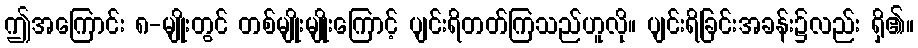
ဤအကြောင်း ၈-မျိုးတွင် တစ်မျိုးမျိုးကြောင့် ပျင်းရိတတ်ကြသည်ဟူလို။ ပျင်းရိခြင်းအခန်း၌လည်း ရှိ၏။